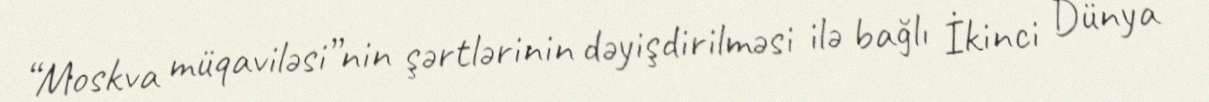
“Moskva müqaviləsi”nin şərtlərinin dəyişdirilməsi ilə bağlı İkinci Dünya